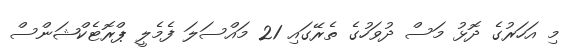
މި އަހަރުގެ ދޮޅު މަސް ދުވަހުގެ ތެރޭގައި 21 މައްސަލަ ފެމެލީ ޕްރޮޓެކްޝަންސް